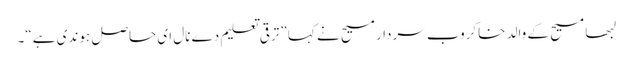
لبھا مسیح کے والد خاکروب سردار مسیح نے کہا ”ترقی تعلیم دے نال ای حاصل ہوندی ہے“۔